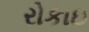
રોકાઇ